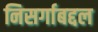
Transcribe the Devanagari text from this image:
निसर्गाबद्दल